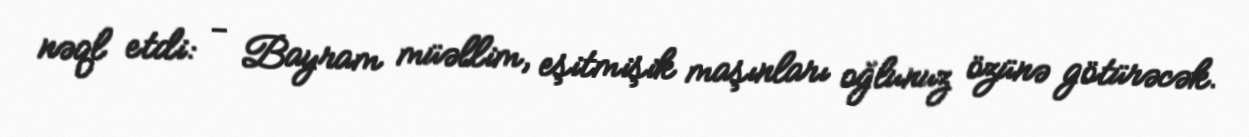
nəql etdi: - Bayram müəllim, eşitmişik maşınları oğlunuz özünə götürəcək.